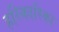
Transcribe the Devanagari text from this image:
हरिकारिका